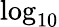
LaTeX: \log_{10}